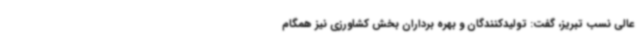
عالی نسب تبریز، گفت: تولیدکنندگان و بهره برداران بخش کشاورزی نیز همگام